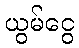
ယွမ်ငွေ